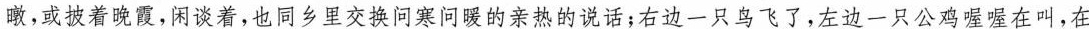
瞰，或披着晚霞,闲谈着,也同乡里交换问寒问暖的亲热的说话;右边一只鸟飞了,左边一只公鸡喔喔在叫,在